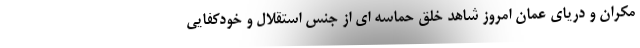
مکران و دریای عمان امروز شاهد خلق حماسه ای از جنس استقلال و خودکفایی